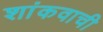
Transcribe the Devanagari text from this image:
शांकवाची